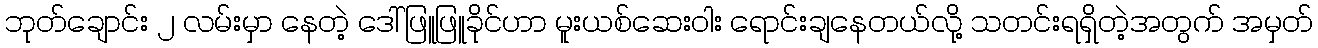
ဘုတ်ချောင်း ၂ လမ်းမှာ နေတဲ့ ဒေါ်ဖြူဖြူခိုင်ဟာ မူးယစ်ဆေးဝါး ရောင်းချနေတယ်လို့ သတင်းရရှိတဲ့အတွက် အမှတ်